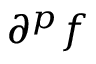
\partial ^ { p } f